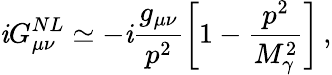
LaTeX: \mathit{i}G_{\mu\nu}^{NL}\simeq-\mathit{i}\frac{{g_{\mu\nu}}}{{p^{2}}}\biggl[1-\frac{{p^{2}}}{{M_{\gamma}^{2}}}\biggr]\, ,